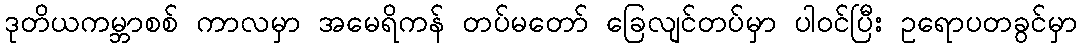
ဒုတိယကမ္ဘာစစ် ကာလမှာ အမေရိကန် တပ်မတော် ခြေလျင်တပ်မှာ ပါဝင်ပြီး ဥရောပတခွင်မှာ